Lunatic asylums United Provinces 1909-1921 - 1909-1921
Year: 1909
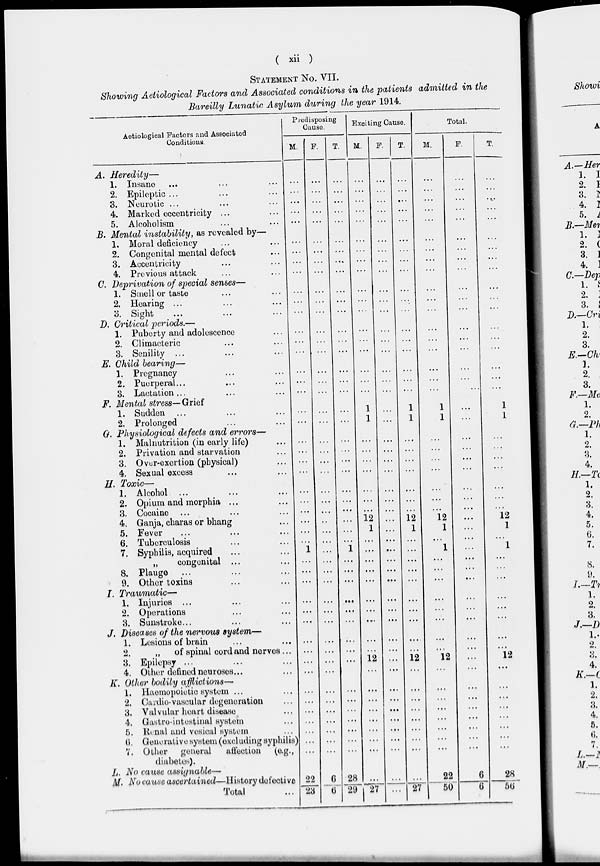
( xii )
STATEMENT No. VII.
Showing Aetiological Factors and Associated conditions in the patients admitted in the
Bareilly Lunatic Asylum during the year 1914.
Aetiological Factors and Associated
Conditions.
A. Heredity—
1. Insane ... ... ...
2. Epileptic ... ... ...
3. Neurotic ... ... ...
4. Marked eccentricity ... ...
5. Alcoholism ... ...
B. Mental instability, as revealed by—
1. Moral deficiency ... ...
2. Congenital mental defect ...
3. Accentricity ... ...
4. Previous attack ... ...
C. Deprivation of special senses—
1. Smell or taste ... ...
2. Hearing ... ... ...
3. Sight ... ... ...
D. Critical periods.—
1. Puberty and adolescence ...
2. Climacteric ... ...
3. Senility ... ... ...
E. Child bearing—
1. Pregnancy ...
2. Puerperal ... ... ...
3. Lactation ... ... ...
F. Mental stress— Grief
1. Sudden ... ... ...
2. Prolonged ... ...
G. Physiological defects and errors—
1. Malnutrition (in early life) ...
2. Privation and starvation ...
3. Over-exertion (physical) ...
4. Sexual excess ... ...
H. Toxic—
1. Alcohol ... ... ...
2. Opium and morphia ... ... ...
3. Cocaine ... ... ...
4. Ganja, charas or bhang ...
5. Fever ... ... ...
6. Tuberculosis ... ...
7. Syphilis, acquired ... ...
„
congenital ... ...
8. Plauge ... ... ...
9. Other toxins ... ...
I. Traumatic—
1. Injuries ... ... ...
2. Operations ... ...
3. Sunstroke ... ... ...
J. Diseases of the nervous system—
1. Lesions of brain ... ...
2.
„
of spinal cord and nerves ...
3. Epilepsy ... ... ...
4. Other defined neuroses ... ...
K. Other bodily afflictions—
1. Haemopoietic system ... ...
2. Cardio-vascular degeneration ...
3. Valvular heart disease ...
4. Gastro-intestinal system ...
5. Renal and vesical system ...
6. Generative system (excluding syphilis)
7. Other general
affection
(e.g.,
diabetes).
L. No cause assignable—
M. No cause ascertained—History defective
Total ...
Predisposing
Cause.
M.
...
...
...
...
...
...
...
...
...
...
...
...
...
...
...
...
...
...
...
...
...
...
...
...
...
...
...
...
...
...
1
...
...
...
...
...
...
...
...
...
...
...
...
...
...
...
...
...
22
23
F.
...
...
...
...
...
...
...
...
...
...
...
...
...
...
...
...
...
...
...
...
...
...
...
...
...
...
...
...
...
...
...
...
...
...
...
...
...
...
...
...
...
...
...
...
...
...
...
...
6
6
T.
...
...
...
...
...
...
...
...
...
...
...
...
...
...
...
...
...
...
...
...
...
...
...
...
...
...
...
...
...
...
1
...
...
...
...
...
...
...
...
...
...
...
...
...
...
...
...
...
28
29
Exciting Cause.
M.
...
...
...
...
...
...
...
...
...
...
...
...
...
...
...
...
...
...
1
1
...
...
...
...
...
...
...
12
1
...
...
...
...
...
...
...
...
...
...
12
...
...
...
...
...
...
...
...
...
27
F.
...
...
...
...
...
...
...
...
...
...
...
...
...
...
...
...
...
...
...
...
...
...
...
...
...
...
...
...
...
...
...
...
...
...
...
...
...
...
...
...
...
...
...
...
...
...
...
...
...
...
T.
...
...
...
...
...
...
...
...
...
...
...
...
...
...
...
...
...
...
1
1
...
...
...
...
...
...
...
12
1
...
...
...
...
...
...
...
...
...
...
12
...
...
...
...
...
...
...
...
...
27
Total.
M.
...
...
...
...
...
...
...
...
...
...
...
...
...
...
...
...
...
...
1
1
...
...
...
...
...
...
...
12
1
...
1
...
...
...
...
...
...
...
...
12
...
...
...
...
...
...
...
...
22
50
F.
...
...
...
...
...
...
...
...
...
...
...
...
...
...
...
...
...
...
...
...
...
...
...
...
...
...
...
...
...
...
...
...
...
...
...
...
...
...
...
...
...
...
...
...
...
...
...
...
6
6
T.
...
...
...
...
...
...
...
...
...
...
...
...
...
...
...
...
...
...
1
1
...
...
...
...
...
...
...
12
1
...
1
...
...
...
...
...
...
...
...
12
...
...
...
...
...
...
...
...
28
56